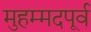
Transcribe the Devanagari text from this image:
मुहम्मदपूर्व